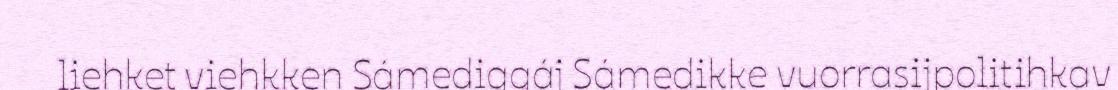
liehket viehkken Sámediggáj Sámedikke vuorrasijpolitihkav